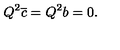
Q ^ { 2 } \overline { { c } } = Q ^ { 2 } b = 0 .